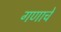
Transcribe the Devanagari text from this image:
गणाचे